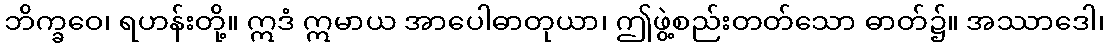
ဘိက္ခဝေ၊ ရဟန်းတို့။ ဣဒံ ဣမာယ အာပေါဓာတုယာ၊ ဤဖွဲ့စည်းတတ်သော ဓာတ်၌။ အဿာဒေါ၊